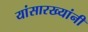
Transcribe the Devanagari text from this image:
यांसारख्यांनी